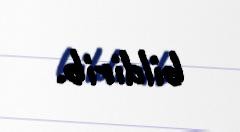
bildirib.